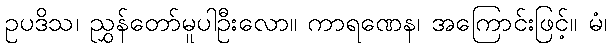
ဥပဒိသ၊ ညွှန်တော်မူပါဦးလော။ ကာရဏေန၊ အကြောင်းဖြင့်။ မံ၊